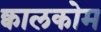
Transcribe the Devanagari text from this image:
क्वालकोम